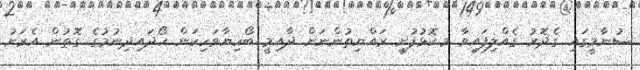
ސުނާމީގައި ގެދޮރު ގެއްލިފައިވާ މ.ކޮޅުފުށީ ރައްޔިތުންނަށް ދާއިމީ ބޯހިޔާވަހިކަން ހޯދައިދިނުމުގެ ގޮތުން އެރަށު